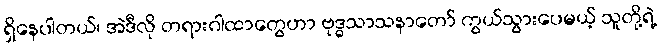
ရှိနေပါတယ်၊ အဲဒီလို တရားဂါထာတွေဟာ ဗုဒ္ဓသာသနာတော် ကွယ်သွားပေမယ့် သူတို့ရဲ့